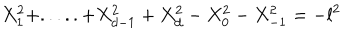
X _ { 1 } ^ { 2 } + . . . . . + X _ { d - 1 } ^ { 2 } + X _ { d } ^ { 2 } - X _ { 0 } ^ { 2 } - X _ { - 1 } ^ { 2 } = - l ^ { 2 }